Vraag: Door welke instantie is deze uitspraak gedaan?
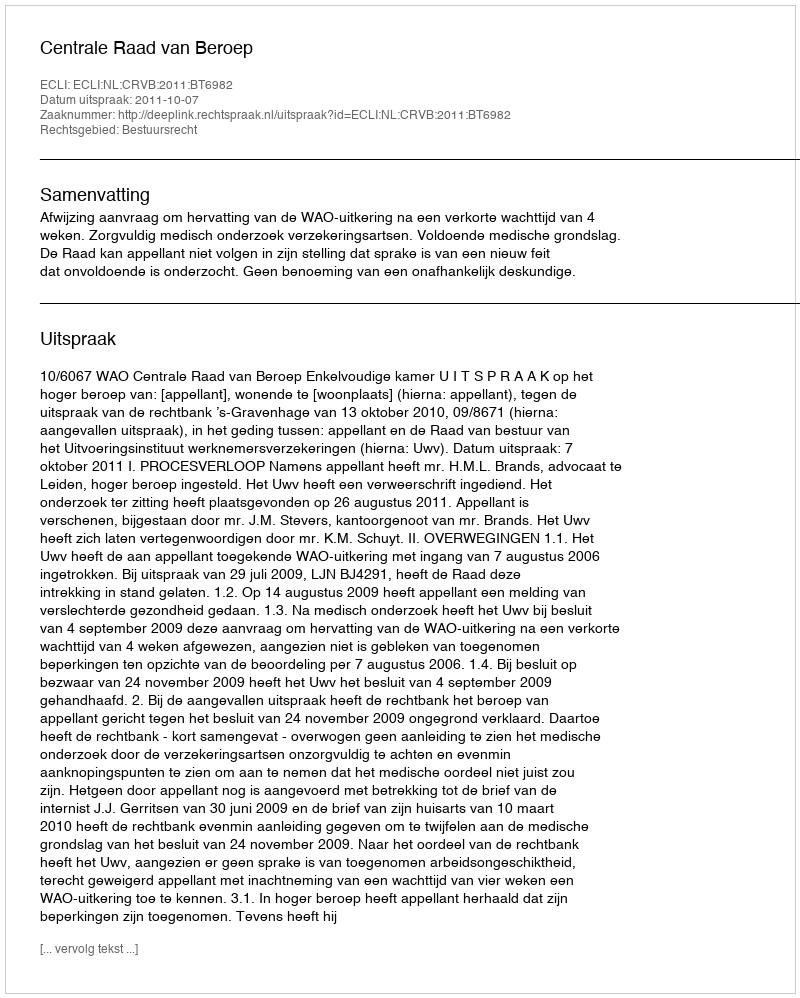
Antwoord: Centrale Raad van Beroep